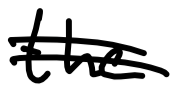
Text: the
Cross-out: mix
Writing tool: digital_black